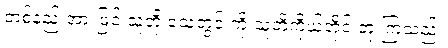
တစ်နည်းအားဖြင့် သူတို့ သေတွင်းကို သူတို့ကိုယ်တိုင် တူးကြသည်။